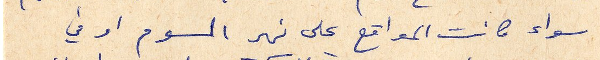
سواء كانت المواقع على نهر السوم او في